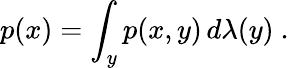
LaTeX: p(x)=\int_{y}p(x,y)\, d\lambda(y)\mathrm{~.~}